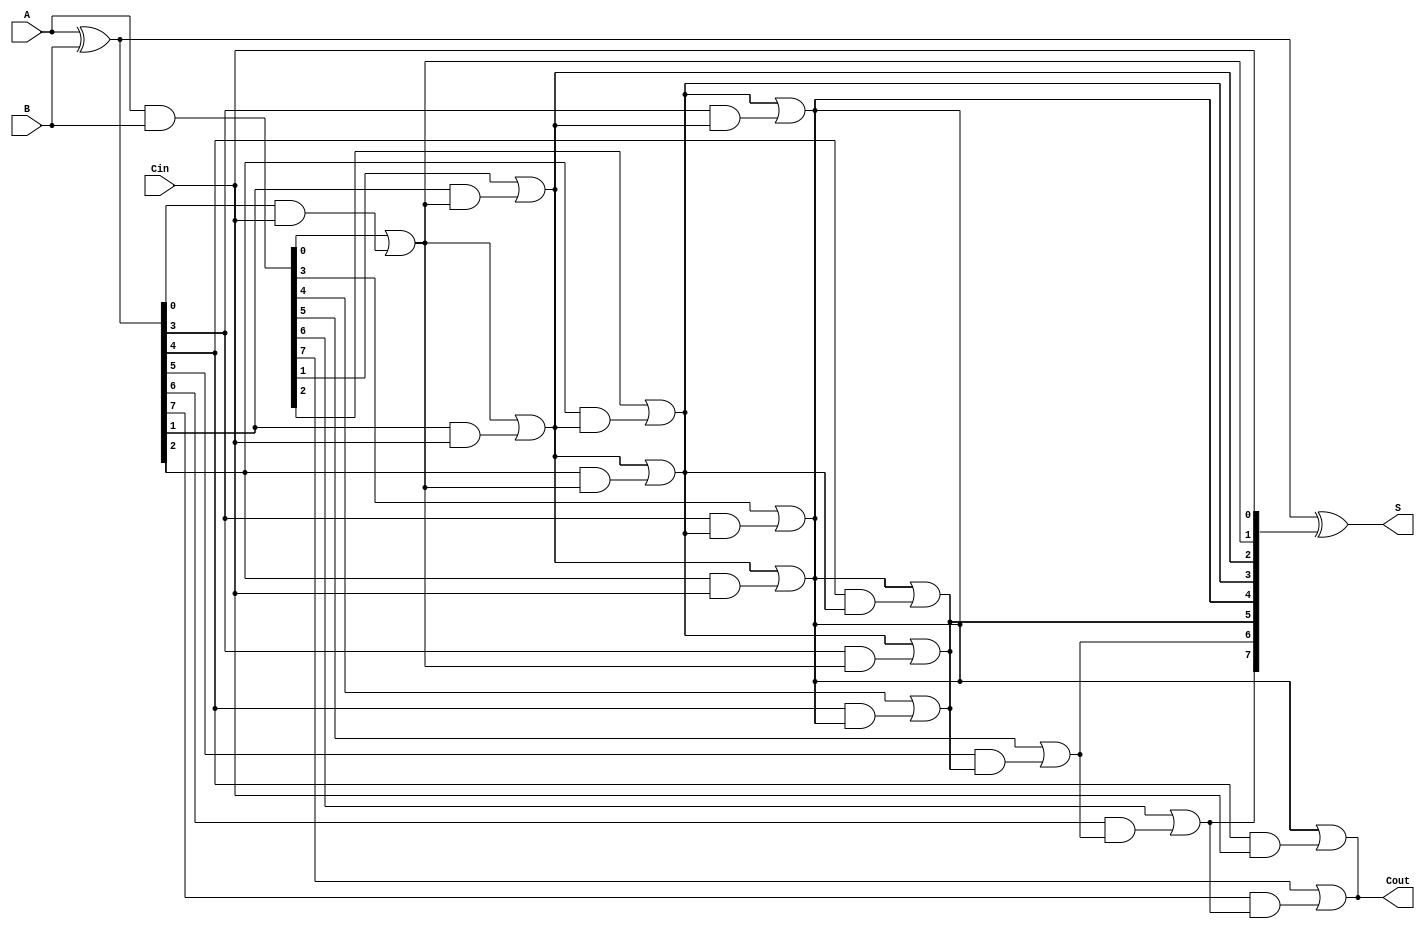
module SklanskyAdder #(parameter N = 8) (
    input  [N-1:0] A,      // First n-bit input
    input  [N-1:0] B,      // Second n-bit input
    input         Cin,      // Carry-in
    output [N-1:0] S,      // n-bit sum output
    output        Cout      // Carry-out
);

    // Generate and Propagate signals
    wire [N-1:0] G; // Generate signals
    wire [N-1:0] P; // Propagate signals
    wire [N:0] C;    // Carry signals (C[0] = Cin)

    // Generate and Propagate calculations
    assign G = A & B;             // G[i] = A[i] & B[i]
    assign P = A ^ B;             // P[i] = A[i] ^ B[i]
    assign C[0] = Cin;            // C[0] = Cin

    // Carry computation using the Sklansky prefix network
    genvar i, j;
    generate
        // Level 1
        for (i = 0; i < N; i = i + 1) begin : level1
            if (i == 0) begin
                assign C[i+1] = G[i] | (P[i] & C[i]); // C[1] = G[0] | (P[0] & C[0])
            end else begin
                assign C[i+1] = G[i] | (P[i] & C[i]); // C[i+1] = G[i] | (P[i] & C[i])
            end
        end

        // Level 2 and beyond
        for (j = 1; j < N; j = j + 1) begin : levels
            for (i = 0; i < N; i = i + 1) begin : level_combination
                if (i < (N >> j)) begin
                    assign C[i + (1 << j)] = C[i + (1 << (j-1))] | (P[i + (1 << (j-1))] & C[i]);
                end
            end
        end
    endgenerate

    // Sum calculation
    assign S = P ^ C[N-1:0]; // S[i] = P[i] ^ C[i]

    // Final carry-out
    assign Cout = C[N];

endmodule